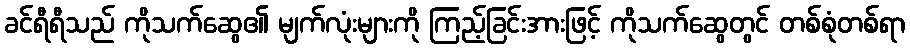
ခင်ရီရီသည် ကိုသက်ဆွေ၏ မျက်လုံးများကို ကြည့်ခြင်းအားဖြင့် ကိုသက်ဆွေတွင် တစ်စုံတစ်ရာ